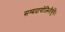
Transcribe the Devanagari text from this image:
सम्प्रदायोज्भितैर्बुधैः।